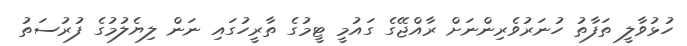
ހުޅުވާލީ ތަފާތު ހުނަރުވެރިންނަށް ރާއްޖޭގެ ގައުމީ ޓީމުގެ ތާރީހުގައި ނަން ލިޔެލުމުގެ ފުރުސަތު